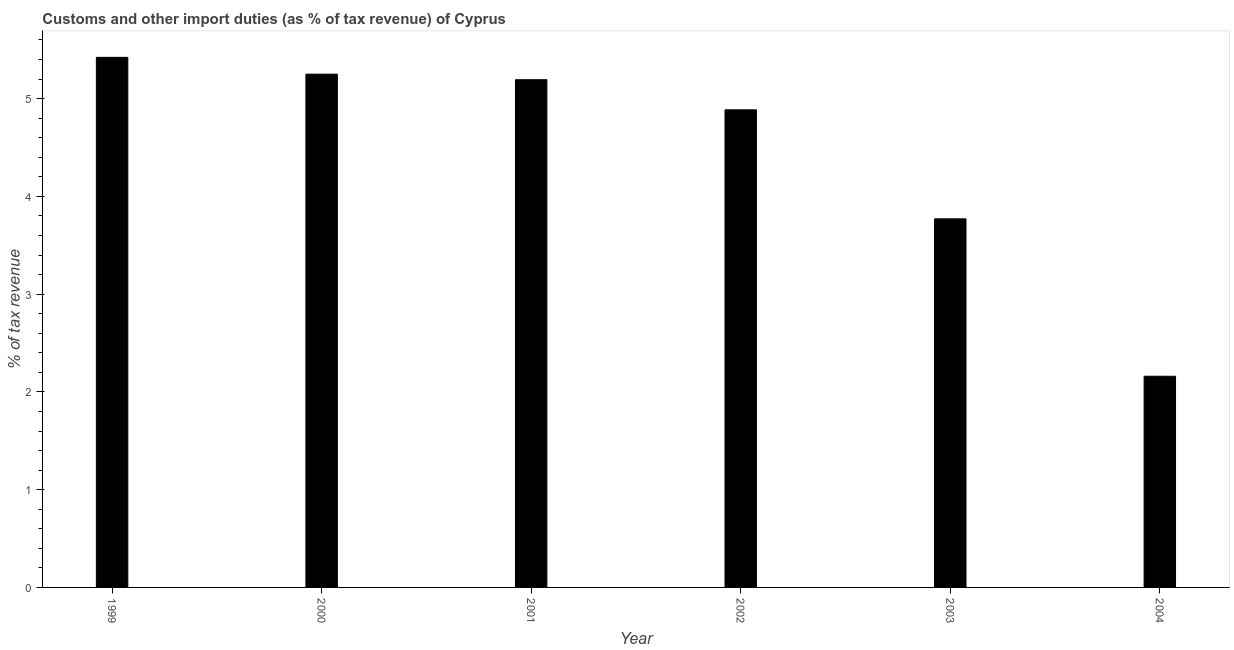
| Year | Customs and other import duties |
 | --- | --- |
 | 1999 | 5.42 |
 | 2000 | 5.25 |
 | 2001 | 5.19 |
 | 2002 | 4.89 |
 | 2003 | 3.77 |
 | 2004 | 2.16 |